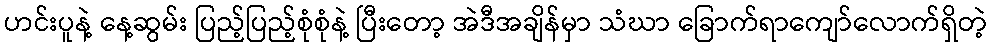
ဟင်းပူနဲ့ နေ့ဆွမ်း ပြည့်ပြည့်စုံစုံနဲ့ ပြီးတော့ အဲဒီအချိန်မှာ သံဃာ ခြောက်ရာကျော်လောက်ရှိတဲ့